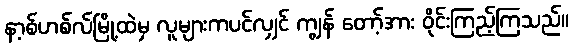
နာ့စ်ဟစ်လ်မြို့ထဲမှ လူများကပင်လျှင် ကျွန် တော့်အား ဝိုင်းကြည့်ကြသည်။